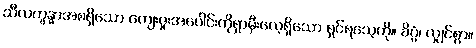
သီလက္ခန္ဓာအစရှိသော ကျေးဇူးအပေါင်းကိုရှာမှီးလေ့ရှိသော ရှင်ရသေ့ကို။ ခိပ္ပံ၊ လျှင်စွာ။